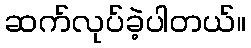
ဆက်လုပ်ခဲ့ပါတယ်။